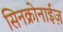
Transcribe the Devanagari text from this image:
सिनक्रोनाईज़